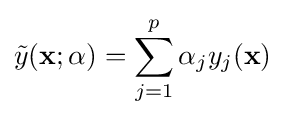
{\tilde {y}}(\mathbf {x} ;\mathbf {\alpha } )=\sum _{j=1}^{p}\alpha _{j}y_{j}(\mathbf {x} )